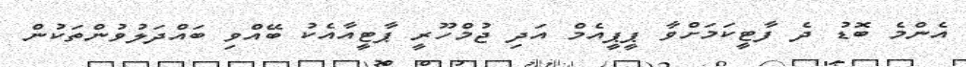
އެންމެ ބޮޑު ދެ ފާޓީކަމަށްވާ ޕީޕީއެމް އަދި ޖުމްހޫރީ ޕާޓީއާއެކު ބޭއްވި ބައްދަލުވުންތަކުން